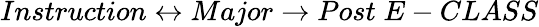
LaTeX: Instruction\leftrightarrow Major\rightarrow Post\; E-CLASS